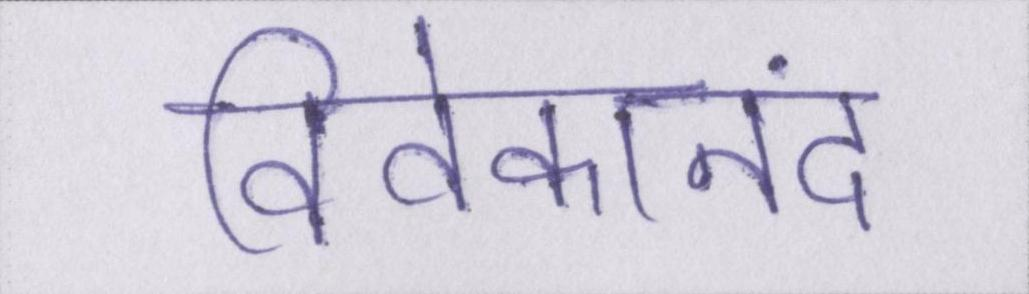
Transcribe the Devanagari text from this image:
विवेकानंद